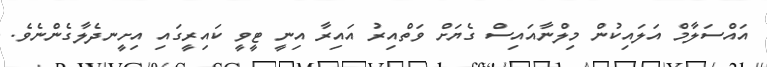
އައްސަލާމް އަލައިކުން މިލްނާއައިސް ގެޔަށް ވަތްއިރު އައިރާ އިނީ ޓީވީ ކައިރީގައި އިށީނދެލާގެންނެވެ.